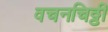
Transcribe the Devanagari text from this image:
वचनचिठ्ठी